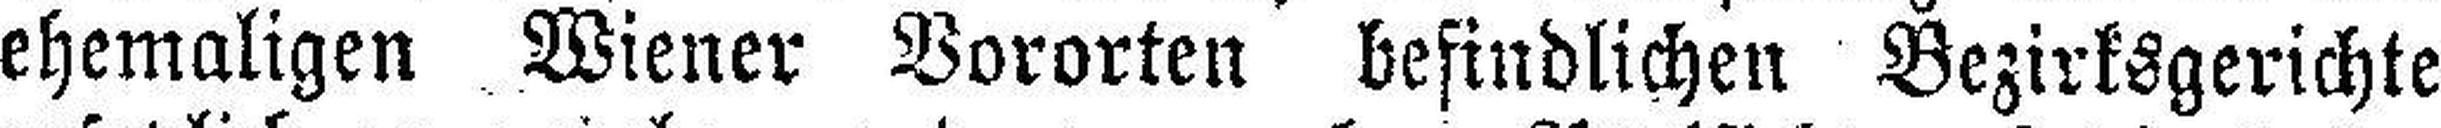
ehemaligen Wiener Vororten befindlichen Bezirksgerichte